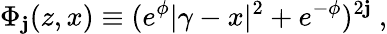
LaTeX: \Phi_{\mathbf{j}}(z,x)\equiv(e^{\phi}|\gamma-x|^{2}+e^{-\phi})^{2\mathbf{j}}~,